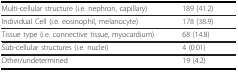
<table><thead><tr><td><b>Multi-cellular structure (i.e. nephron, capillary)</b></td><td><b>189 (41.2)</b></td></tr></thead><tbody><tr><td>Individual Cell (i.e. eosinophil, melanocyte)</td><td>178 (38.9)</td></tr><tr><td>Tissue type (i.e. connective tissue, myocardium)</td><td>68 (14.8)</td></tr><tr><td>Sub-cellular structures (i.e. nuclei)</td><td>4 (0.01)</td></tr><tr><td>Other/undetermined</td><td>19 (4.2)</td></tr></tbody></table>